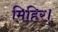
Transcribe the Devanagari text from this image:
मिहिर।